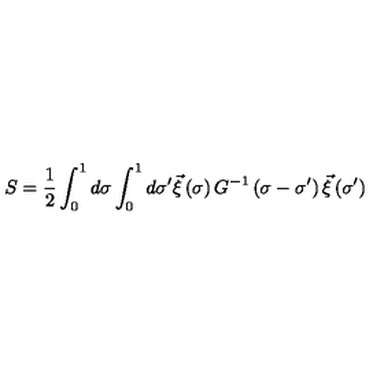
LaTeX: S = \frac { 1 } { 2 } \int _ { 0 } ^ { 1 } d \sigma \int _ { 0 } ^ { 1 } d \sigma ^ { \prime } \vec { \xi } \left( \sigma \right) G ^ { - 1 } \left( \sigma - \sigma ^ { \prime } \right) \vec { \xi } \left( \sigma ^ { \prime } \right)